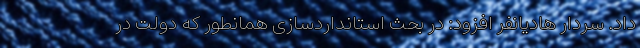
داد. سردار هادیانفر افزود: در بحث استانداردسازی همانطور که دولت در